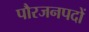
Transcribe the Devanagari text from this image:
पौरजनपदों